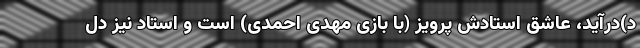
د)درآید، عاشق استادش پرویز (با بازی مهدی احمدی) است و استاد نیز دل